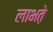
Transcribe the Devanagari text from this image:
लाभते़